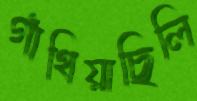
গাঁথিয়াছিলি